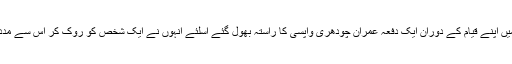
کاشغر میں اپنے قیام کے دوران ایک دفعہ عمران چودھری واپسی کا راستہ بھول گئے اسلئے اُنہوں نے ایک شخص کو روک کر اس سے مدد مانگی۔